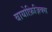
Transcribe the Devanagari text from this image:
बायोफ़िज़िक्स